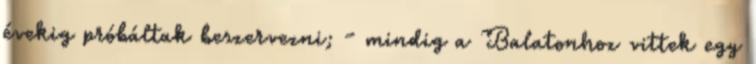
évekig próbáltak beszervezni; - mindig a Balatonhoz vittek egy